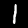
Label: 1